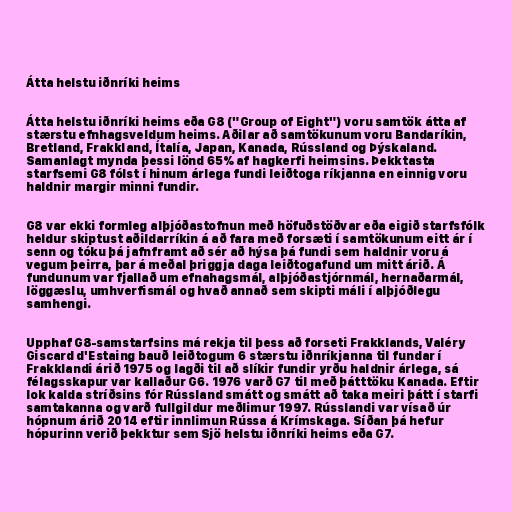
Átta helstu iðnríki heims

Átta helstu iðnríki heims eða G8 ("Group of Eight") voru samtök átta af
stærstu efnhagsveldum heims. Aðilar að samtökunum voru Bandaríkin,
Bretland, Frakkland, Ítalía, Japan, Kanada, Rússland og Þýskaland.
Samanlagt mynda þessi lönd 65% af hagkerfi heimsins. Þekktasta
starfsemi G8 fólst í hinum árlega fundi leiðtoga ríkjanna en einnig voru
haldnir margir minni fundir.

G8 var ekki formleg alþjóðastofnun með höfuðstöðvar eða eigið starfsfólk
heldur skiptust aðildarríkin á að fara með forsæti í samtökunum eitt ár í
senn og tóku þá jafnframt að sér að hýsa þá fundi sem haldnir voru á
vegum þeirra, þar á meðal þriggja daga leiðtogafund um mitt árið. Á
fundunum var fjallað um efnahagsmál, alþjóðastjórnmál, hernaðarmál,
löggæslu, umhverfismál og hvað annað sem skipti máli í alþjóðlegu
samhengi.

Upphaf G8-samstarfsins má rekja til þess að forseti Frakklands, Valéry
Giscard d'Estaing bauð leiðtogum 6 stærstu iðnríkjanna til fundar í
Frakklandi árið 1975 og lagði til að slíkir fundir yrðu haldnir árlega, sá
félagsskapur var kallaður G6. 1976 varð G7 til með þátttöku Kanada. Eftir
lok kalda stríðsins fór Rússland smátt og smátt að taka meiri þátt í starfi
samtakanna og varð fullgildur meðlimur 1997. Rússlandi var vísað úr
hópnum árið 2014 eftir innlimun Rússa á Krímskaga. Síðan þá hefur
hópurinn verið þekktur sem Sjö helstu iðnríki heims eða G7.